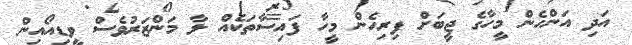
އަދި އަންހެން މީހާގެ ޖީބަށް ފިރިހެން މީހާ ފައިސާތަކެއް ލާ މަންޒަރުވެސް ވީޑިއޯއިން